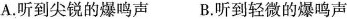
A. 听到尖锐的爆鸣声 B. 听到轻微的爆鸣声